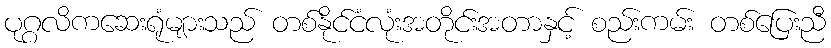
ပုဂ္ဂလိကဆေးရုံများသည် တစ်နိုင်ငံလုံးအတိုင်းအတာနှင့် စည်းကမ်း တစ်ပြေးညီ